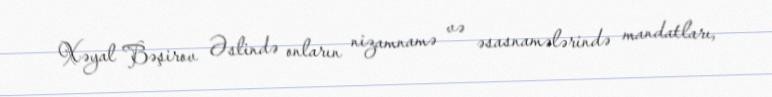
Xəyal Bəşirov Əslində onların nizamnamə və əsasnamələrində mandatları,